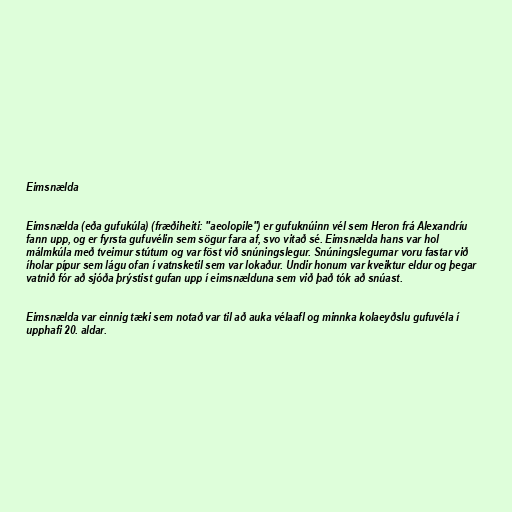
Eimsnælda

Eimsnælda (eða gufukúla) (fræðiheiti: "aeolopile") er gufuknúinn vél sem Heron frá Alexandríu
fann upp, og er fyrsta gufuvélin sem sögur fara af, svo vitað sé. Eimsnælda hans var hol
málmkúla með tveimur stútum og var föst við snúningslegur. Snúningslegurnar voru fastar við
íholar pípur sem lágu ofan í vatnsketil sem var lokaður. Undir honum var kveiktur eldur og þegar
vatnið fór að sjóða þrýstist gufan upp í eimsnælduna sem við það tók að snúast.

Eimsnælda var einnig tæki sem notað var til að auka vélaafl og minnka kolaeyðslu gufuvéla í
upphafi 20. aldar.